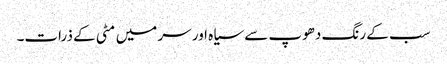
سب کے رنگ دھوپ سے سیاہ اور سر میں مٹی کے ذرات۔